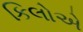
કિલોએ